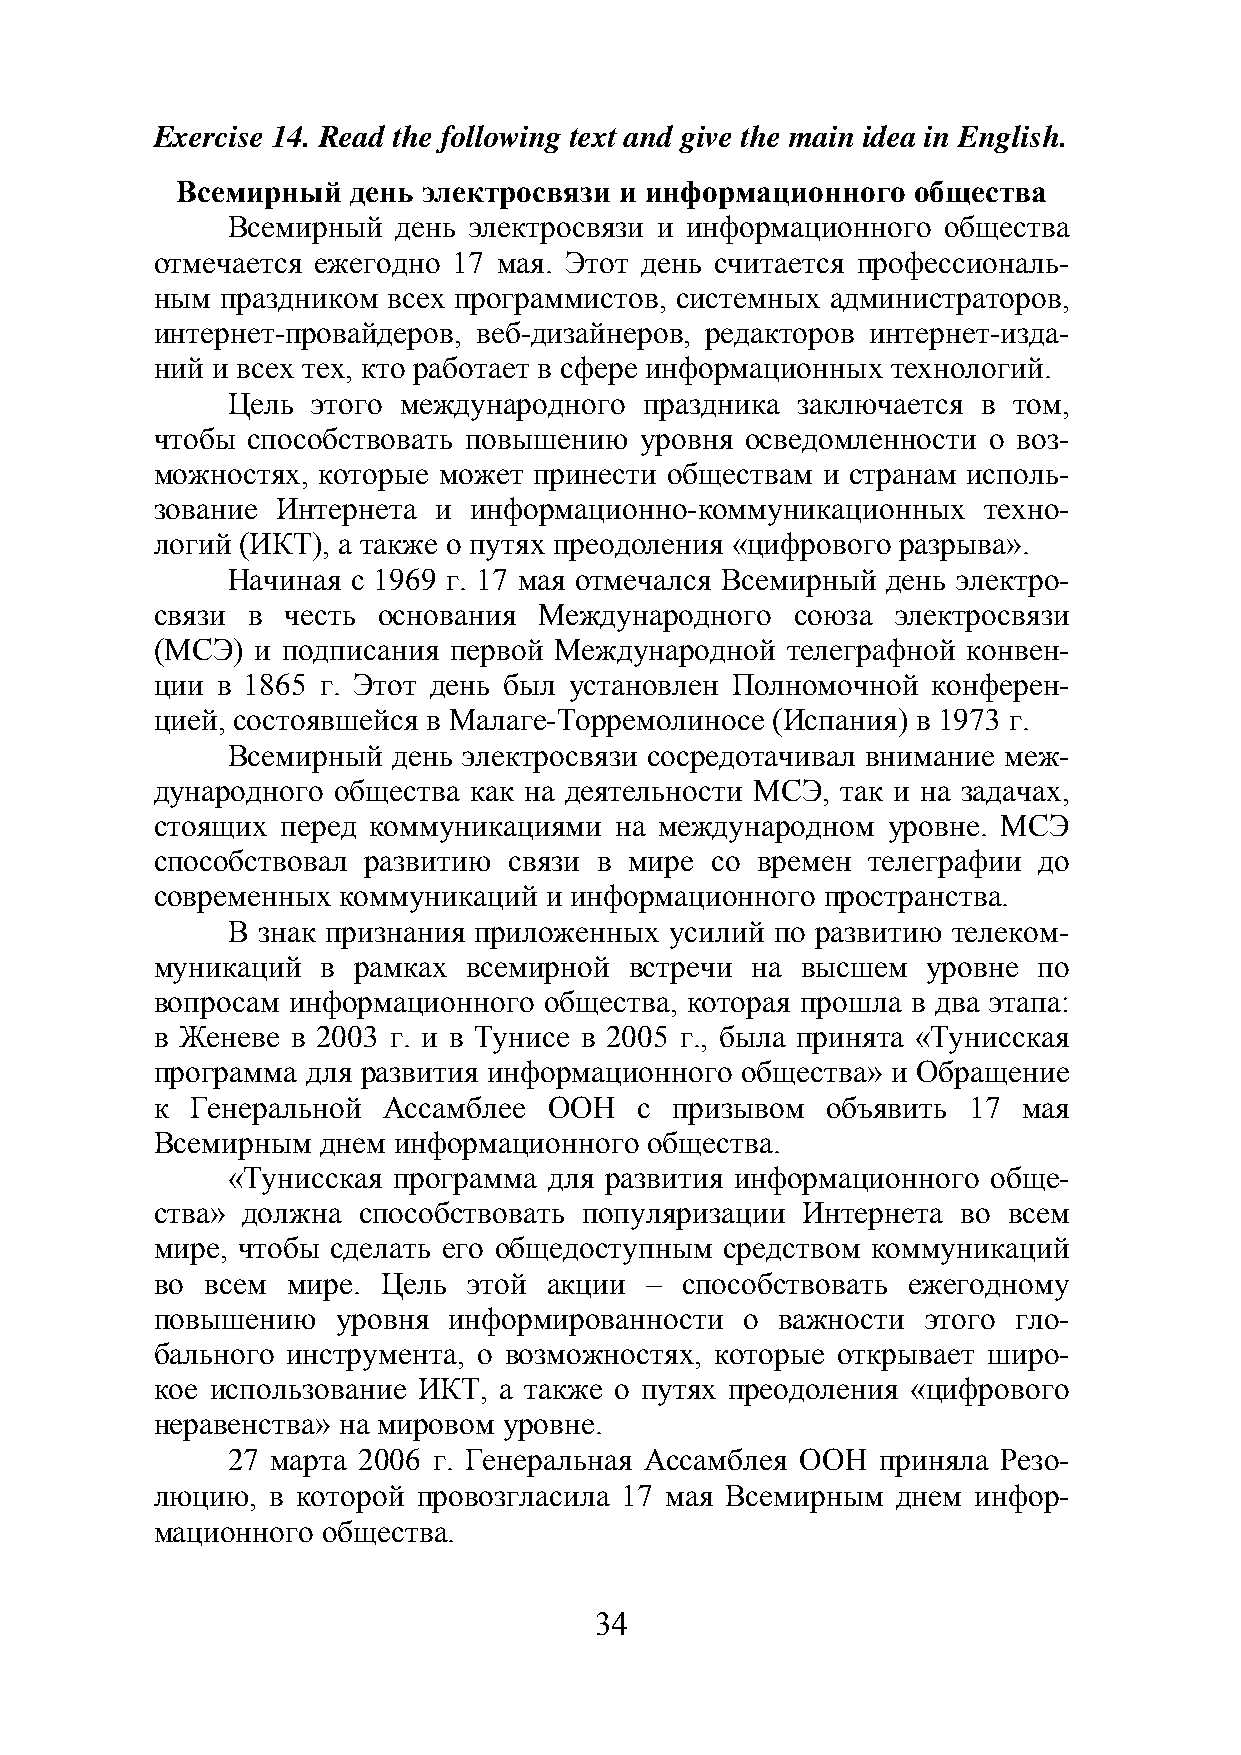
Exercise 14. Read the following text and give the main idea in English.
 Всемирный  день электросвязи и информационного  общества
 Всемирный  день электросвязи и информационного общества
 отмечается ежегодно 17 мая. Этот день считается профессиональ-
 ным  праздником всех программистов, системных администраторов,
 интернет-провайдеров, веб-дизайнеров, редакторов интернет-изда-
 ний и всех тех, кто работает в сфере информационных технологий.
 Цель  этого международного  праздника заключается в том,
 чтобы способствовать повышению  уровня осведомленности о воз-
 можностях, которые может принести обществам и странам исполь-
 зование Интернета  и информационно-коммуникационных    техно-
 логий (ИКТ), а также о путях преодоления «цифрового разрыва».
 Начиная с 1969 г. 17 мая отмечался Всемирный день электро-
 связи в  честь основания  Международного   союза электросвязи
 (МСЭ)  и подписания первой Международной  телеграфной конвен-
 ции в 1865 г. Этот день был установлен Полномочной  конферен-
 цией, состоявшейся в Малаге-Торремолиносе (Испания) в 1973 г.
 Всемирный  день электросвязи сосредотачивал внимание меж-
 дународного общества как на деятельности МСЭ, так и на задачах,
 стоящих  перед коммуникациями  на международном  уровне. МСЭ
 способствовал развитию  связи в мире со времен телеграфии  до
 современных коммуникаций  и информационного пространства.
 В знак признания приложенных усилий по развитию телеком-
 муникаций  в рамках  всемирной  встречи на высшем  уровне  по
 вопросам информационного  общества, которая прошла в два этапа:
 в Женеве в 2003 г. и в Тунисе в 2005 г., была принята «Тунисская
 программа для развития информационного общества» и Обращение
 к  Генеральной Ассамблее  ООН   с призывом   объявить 17  мая
 Всемирным  днем информационного  общества.
 «Тунисская программа для развития информационного обще-
 ства» должна  способствовать популяризации Интернета  во всем
 мире, чтобы сделать его общедоступным средством коммуникаций
 во  всем мире. Цель  этой акции  – способствовать ежегодному
 повышению   уровня  информированности  о важности  этого гло-
 бального инструмента, о возможностях, которые открывает широ-
 кое использование ИКТ, а также о путях преодоления «цифрового
 неравенства» на мировом уровне.
 27 марта 2006 г. Генеральная Ассамблея ООН приняла Резо-
 люцию,  в которой провозгласила 17 мая Всемирным днем инфор-
 мационного общества.
 34